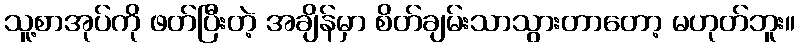
သူ့စာအုပ်ကို ဖတ်ပြီးတဲ့ အချိန်မှာ စိတ်ချမ်းသာသွားတာတော့ မဟုတ်ဘူး။